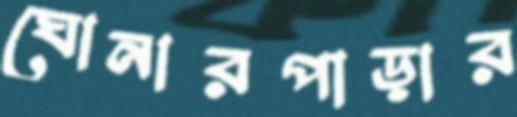
ঘোনারপাড়ার